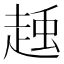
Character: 𧻽